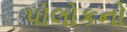
પોલોકનો